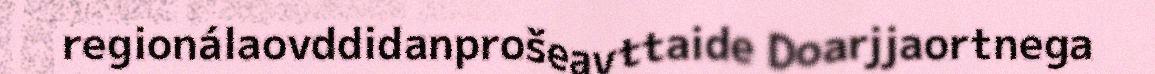
regionálaovddidanprošeavttaide Doarjjaortnega